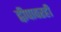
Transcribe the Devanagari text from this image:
द्वीपावरही